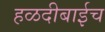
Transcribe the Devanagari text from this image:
हळदीबाईच